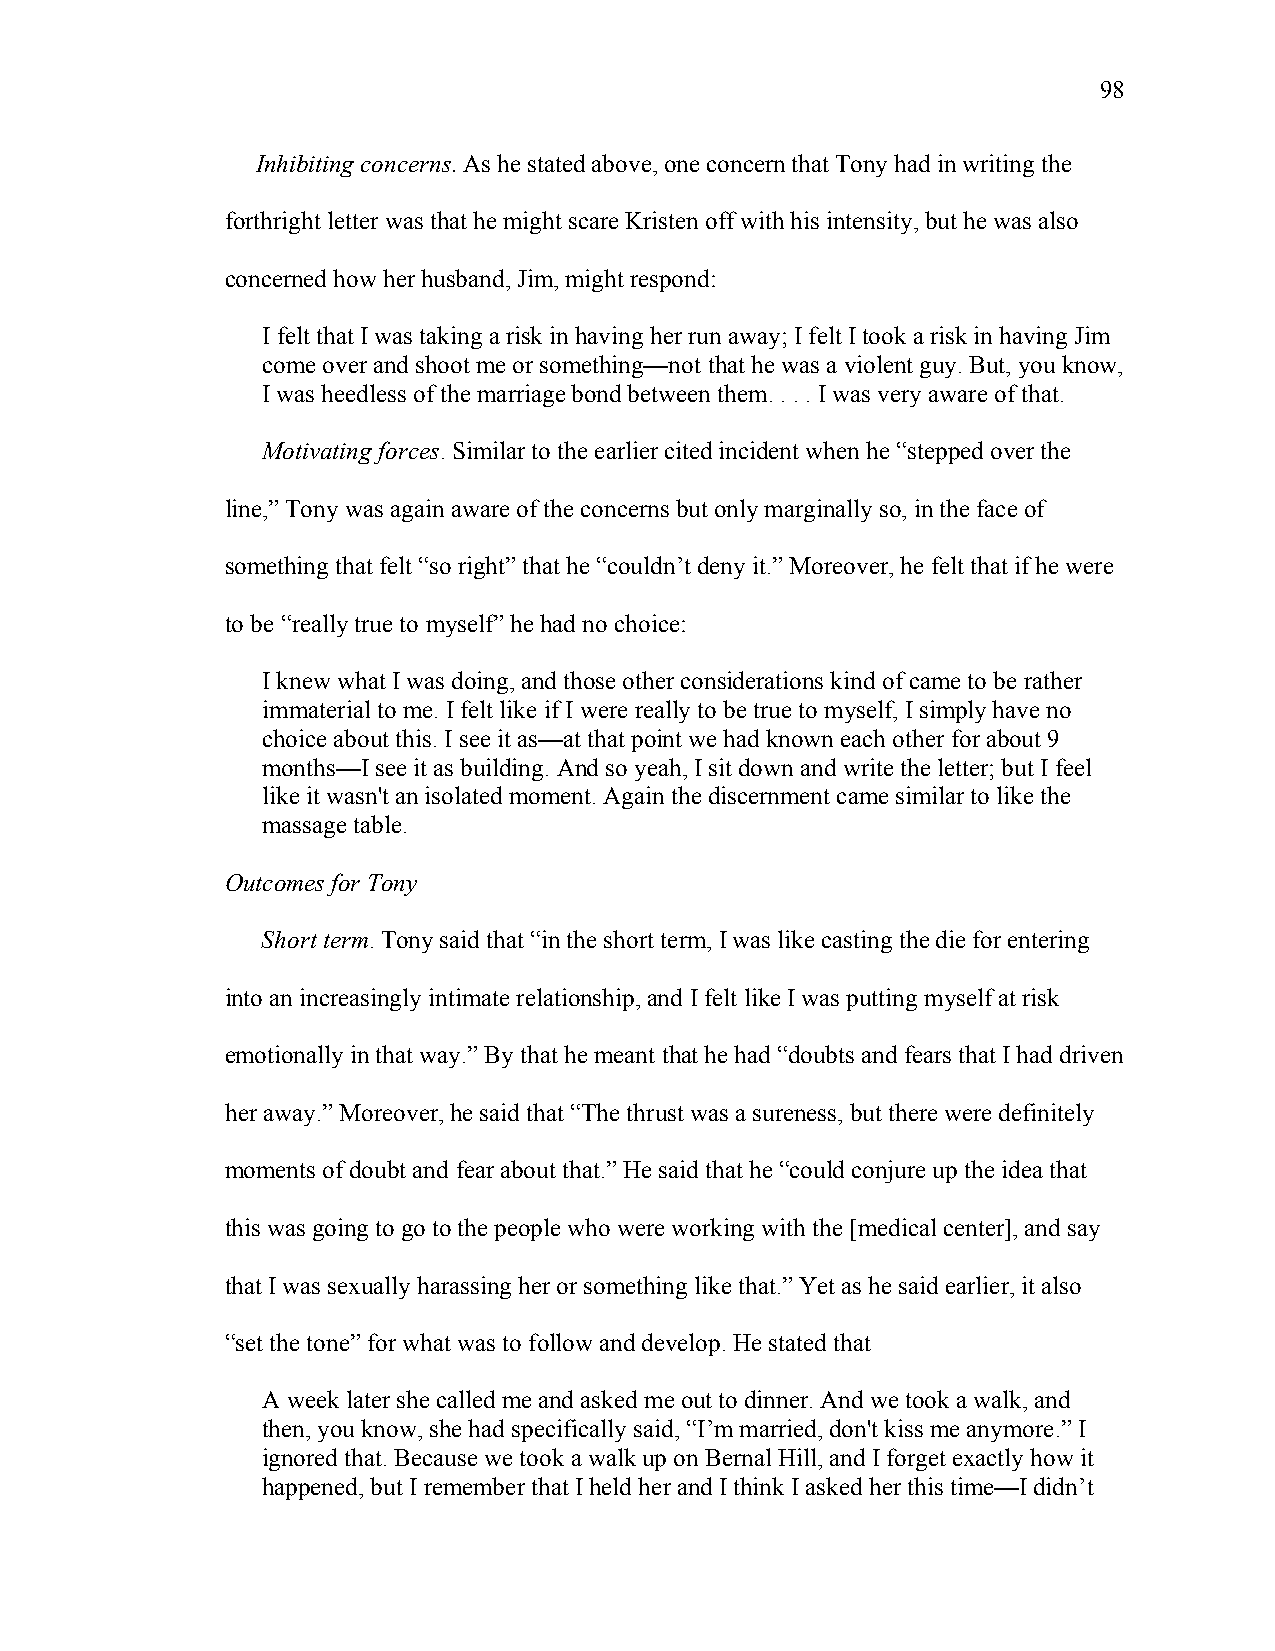
98
 Inhibiting concerns. As he stated above, one concern that Tony had in writing the
 forthright letter was that he might scare Kristen off with his intensity, but he was also
 concerned how her husband, Jim, might respond:
 I felt that I was taking a risk in having her run away; I felt I took a risk in having Jim
 come over and shoot me or something—not that he was a violent guy. But, you know,
 I was heedless of the marriage bond between them. . . . I was very aware of that.
 Motivating forces. Similar to the earlier cited incident when he “stepped over the
 line,” Tony was again aware of the concerns but only marginally so, in the face of
 something that felt “so right” that he “couldn’t deny it.” Moreover, he felt that if he were
 to be “really true to myself” he had no choice:
 I knew what I was doing, and those other considerations kind of came to be rather
 immaterial to me. I felt like if I were really to be true to myself, I simply have no
 choice about this. I see it as—at that point we had known each other for about 9
 months—I see it as building. And so yeah, I sit down and write the letter; but I feel
 like it wasn't an isolated moment. Again the discernment came similar to like the
 massage table.
 Outcomes for Tony
 Short term. Tony said that “in the short term, I was like casting the die for entering
 into an increasingly intimate relationship, and I felt like I was putting myself at risk
 emotionally in that way.” By that he meant that he had “doubts and fears that I had driven
 her away.” Moreover, he said that “The thrust was a sureness, but there were definitely
 moments of doubt and fear about that.” He said that he “could conjure up the idea that
 this was going to go to the people who were working with the [medical center], and say
 that I was sexually harassing her or something like that.” Yet as he said earlier, it also
 “set the tone” for what was to follow and develop. He stated that
 A week later she called me and asked me out to dinner. And we took a walk, and
 then, you know, she had specifically said, “I’m married, don't kiss me anymore.” I
 ignored that. Because we took a walk up on Bernal Hill, and I forget exactly how it
 happened, but I remember that I held her and I think I asked her this time—I didn’t